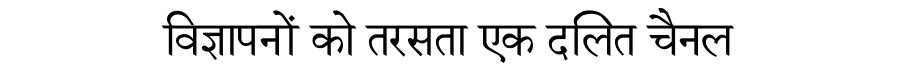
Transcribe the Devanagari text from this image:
विज्ञापनों को तरसता एक दलित चैनल